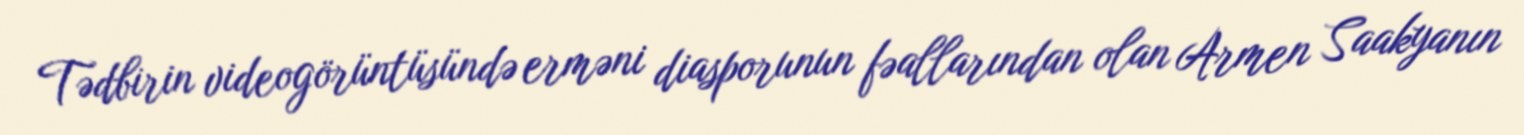
Tədbirin videogörüntüsündə erməni diasporunun fəallarından olan Armen Saakyanın